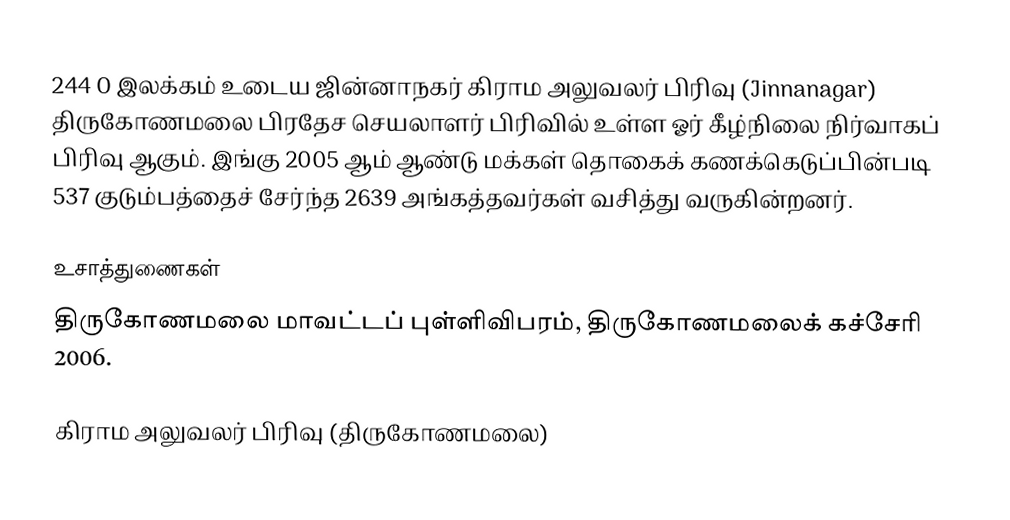
244 O இலக்கம்  உடைய ஜின்னாநகர் கிராம அலுவலர் பிரிவு  (Jinnanagar) திருகோணமலை பிரதேச செயலாளர் பிரிவில் உள்ள ஓர் கீழ்நிலை நிர்வாகப் பிரிவு ஆகும். இங்கு 2005 ஆம் ஆண்டு மக்கள் தொகைக் கணக்கெடுப்பின்படி 537 குடும்பத்தைச் சேர்ந்த 2639 அங்கத்தவர்கள் வசித்து வருகின்றனர்.

உசாத்துணைகள்
திருகோணமலை மாவட்டப் புள்ளிவிபரம், திருகோணமலைக் கச்சேரி 2006.

கிராம அலுவலர் பிரிவு (திருகோணமலை)